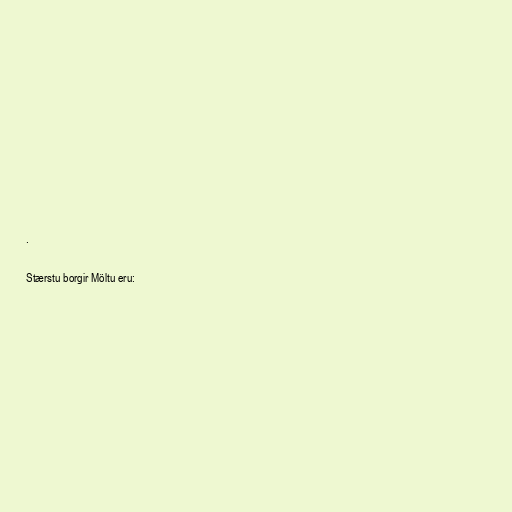
.

Stærstu borgir Möltu eru: